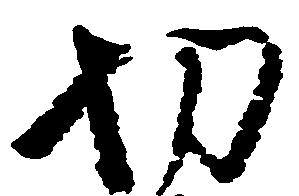
切